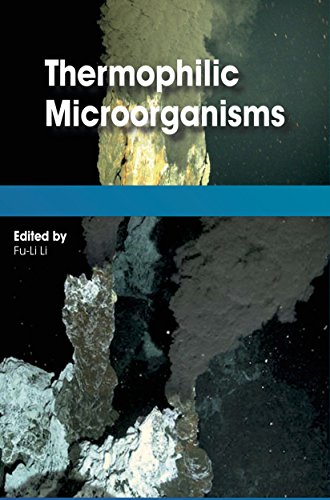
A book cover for Thermophilic Microorganisms; Medical Books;